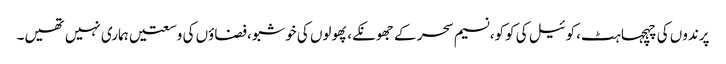
پرندوں کی چہچہاہٹ،کوئیل کی کوکو،نسیم سحر کے جھونکے،پھولوں کی خوشبو،فضاؤں کی وسعتیں ہماری نہیں تھیں۔